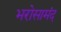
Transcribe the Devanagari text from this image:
भरोसामंद